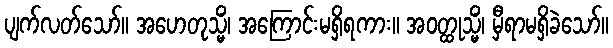
ပျက်လတ်သော်။ အဟေတုသ္မိံ၊ အကြောင်းမရှိရကား။ အဝတ္ထုသ္မိံ၊ မှီရာမရှိခဲသော်။